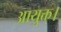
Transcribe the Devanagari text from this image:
आयुक्त।